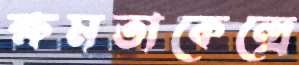
ক্ষমতাকেন্দ্রে